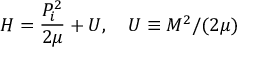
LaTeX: H = \frac { P _ { i } ^ { 2 } } { 2 \mu } + U , \quad U \equiv M ^ { 2 } / ( 2 \mu )